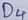
Text: D4